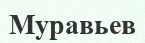
Муравьев